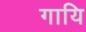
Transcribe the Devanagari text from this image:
गायि